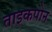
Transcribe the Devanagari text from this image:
ताइकपोन